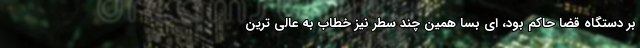
بر دستگاه قضا حاکم بود، ای بسا همین چند سطر نیز خطاب به عالی ترین